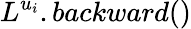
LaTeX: L^{u_{i}}.backward()